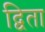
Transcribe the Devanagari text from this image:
द्विता